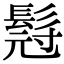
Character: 𮫇